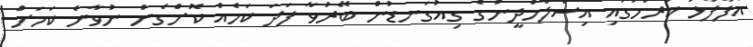
އުފާފާޅު ކުރުމުގައި އިސްލާމްދީނުގެ ގިއުގަނޑުން ބޭރުވާ ފަދަ ކަމެއް ކޮށްގެން ނުވާނެ ކަމަށް